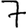
Digit: 7